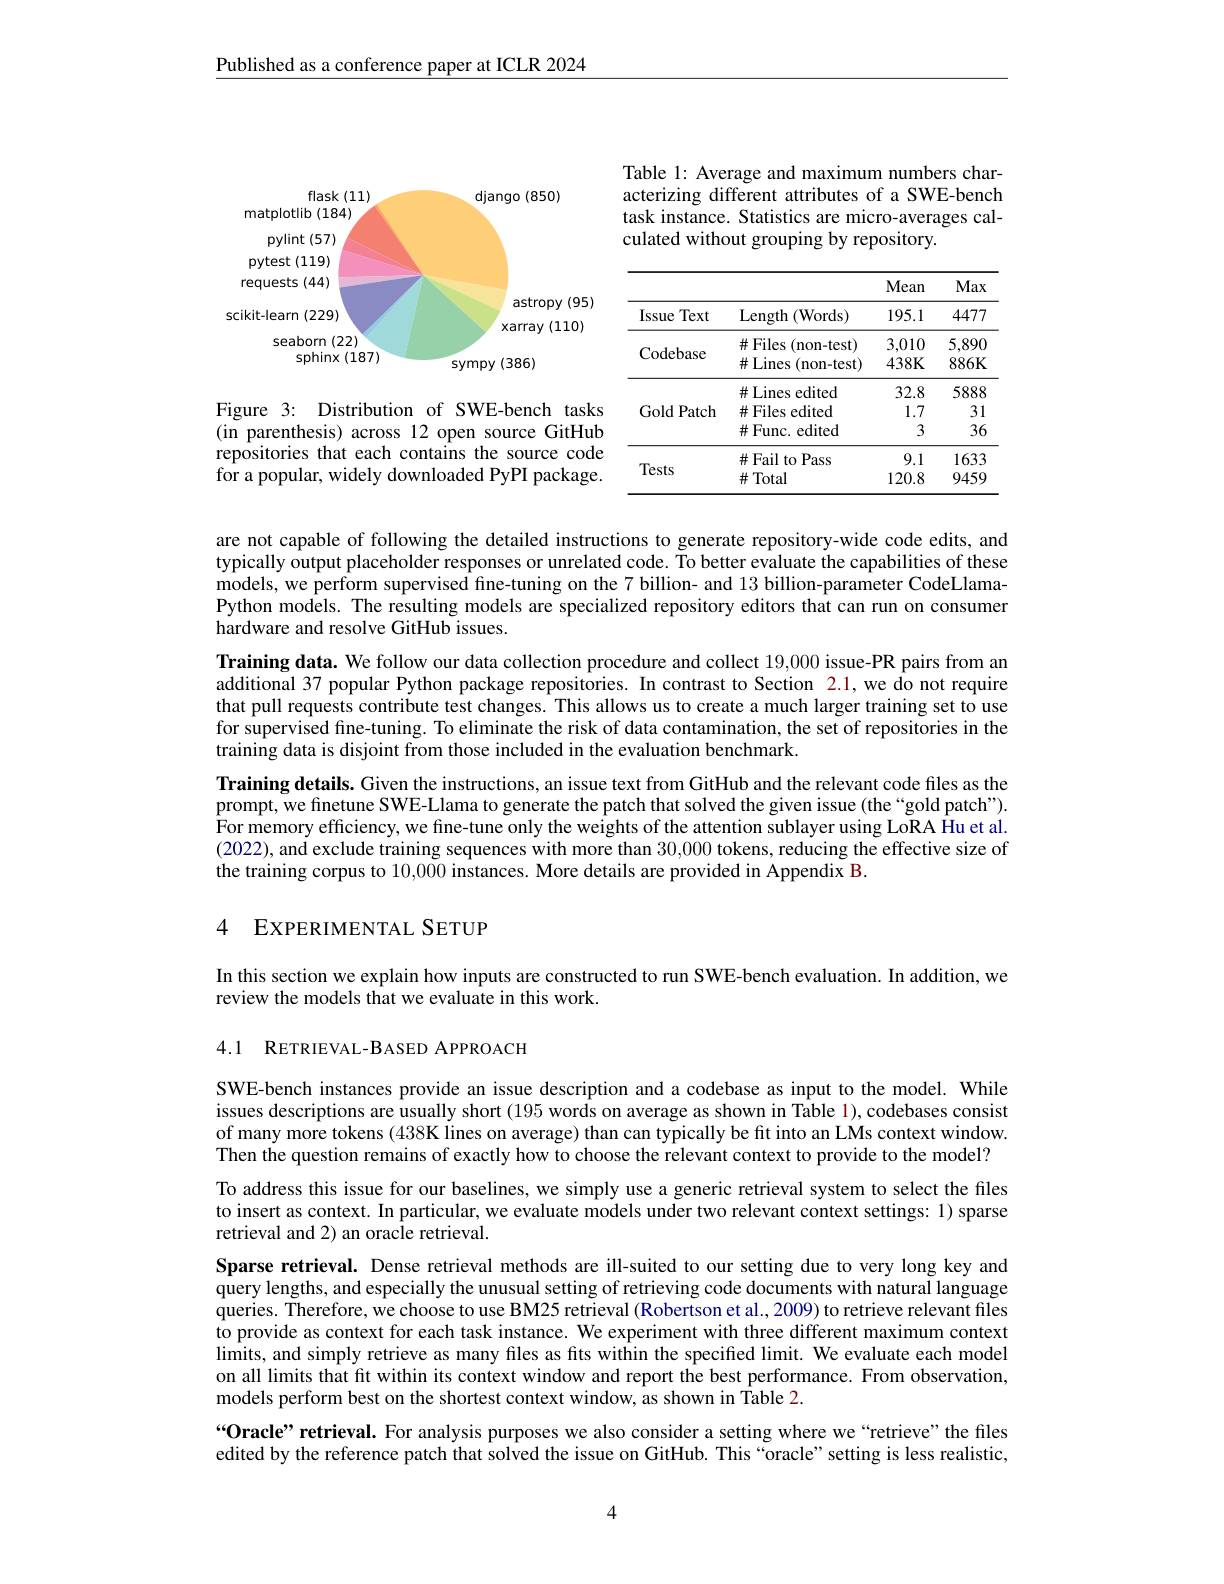
Published as a conference paper at ICLR 2024

Table 1: Average and maximum numbers characterizing different attributes of a SWE-bench task instance. Statistics are micro-averages calculated without grouping by repository.

<FigureHere>

<table>
	<tbody>
		<tr>
			<th> </th>
			<th> </th>
			<th>Mean</th>
			<th>Max</th>
		</tr>
		<tr>
			<td>Text Issue</td>
			<td>Length $1\left(\mathrm{Words}\right)$</td>
			<td>195.1</td>
			<td>4477</td>
		</tr>
		<tr>
			<td rowspan="2">Codebase</td>
			<td>#Files ( non- test) </td>
			<td>3,010</td>
			<td>5,890</td>
		</tr>
		<tr>
			<td>$\#$Lines (non-test)</td>
			<td>$438K$</td>
			<td>$886K$</td>
		</tr>
		<tr>
			<td rowspan="3">Gold Patch</td>
			<td>$\#$Lines edited</td>
			<td>32.8</td>
			<td>5888</td>
		</tr>
		<tr>
			<td>$\#$Files edited</td>
			<td>1.7</td>
			<td>31</td>
		</tr>
		<tr>
			<td>$\#$Func. edited</td>
			<td>3</td>
			<td>36</td>
		</tr>
		<tr>
			<td rowspan="2">Tests</td>
			<td>$\#$Fail to Pass</td>
			<td>9.1</td>
			<td>1633</td>
		</tr>
		<tr>
			<td>$\#$Total</td>
			<td>120.8</td>
			<td>9459</td>
		</tr>
	</tbody>
</table>

Figure 3: Distribution of SWE-bench tasks (in parenthesis) across 12 open source GitHub repositories that each contains the source code $\hat{\text{for a popular, widely downloaded PyPI package.}}$

are not capable of following the detailed instructions to generate repository-wide code edits, and typically output placeholder responses or unrelated code. To better evaluate the capabilities of these models, we perform supervised fine-tuning on the 7 billion- and 13 billion-parameter CodeLlamaPython models. The resulting models are specialized repository editors that can run on consumer hardware and resolve GitHub issues.
Training data. We follow our data collection procedure and collect 19,000 issue-PR pairs from an additional 37 popular Python package repositories. In contrast to Section 2.1, we do not require that pull requests contribute test changes. This allows us to create a much larger training set to use for supervised fne-tuning. To eliminate the risk of data contamination, the set of repositories in the training data is disjoint from those included in the evaluation benchmark.
Training details. Given the instructions, an issue text from GitHub and the relevant code files as the prompt, we finetune SWE-Llama to generate the patch that solved the given issue (the “gold patch”). For memory efficiency, we fine-tune only the weights of the attention sublayer using LoRA Hu et al. (2022), and exclude training sequences with more than 30,000 tokens, reducing the effective size of the training corpus to 10,000 instances. More details are provided in Appendix B.

## 4 EXPERIMENTAL SETUP

In this section we explain how inputs are constructed to run SWE-bench evaluation. In addition, we
review the models that we evaluate in this work.

4.1 RETRIEVAL-BASED APPROACH

SWE-bench instances provide an issue description and a codebase as input to the model. While issues descriptions are usually short $( 195\text{ words on average as shown in T\^{a} ble l}) $, codebases consist of many more tokens (438K lines on average) than can typically be fit into an LMs context window. Then the question remains of exactly how to choose the relevant context to provide to the model?

To address this issue for our baselines, we simply use a generic retrieval system to select the files to insert as context. In particular, we evaluate models under two relevant context settings: 1) sparse retrieval and 2) an oracle retrieval.
Sparse retrieval. Dense retrieval methods are ill-suited to our setting due to very long key and query lengths, and especially the unusual setting of retrieving code documents with natural language queries. Therefore, we choose to use BM25 retrieval (Robertson et al., 2009) to retrieve relevant files to provide as context for each task instance. We experiment with three different maximum context limits, and simply retrieve as many files as fits within the specified limit. We evaluate each model on all limits that fit within its context window and report the best performance. From observation, models perform best on the shortest context window, as shown in Table 2.
“Oracle” retrieval. For analysis purposes we also consider a setting where we“retrieve”the files edited by the reference patch that solved the issue on GitHub. This “oracle”setting is less realistic,

4